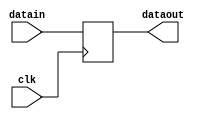
module delay51x1 (datain, dataout, clk);
    input[51 - 1:0] datain; 
    output[51 - 1:0] dataout; 
    wire[51 - 1:0] dataout;
    input clk; 
    reg[51 - 1:0] buff0; 
    assign dataout = buff0 ;
    always @(posedge clk)
    begin
       buff0 <= datain ; 
    end 
 endmodule